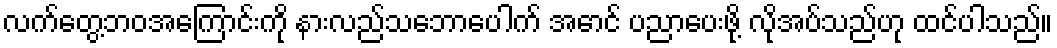
လက်တွေ့ဘဝအကြောင်းကို နားလည်သဘောပေါက် အောင် ပညာပေးဖို့ လိုအပ်သည်ဟု ထင်ပါသည်။